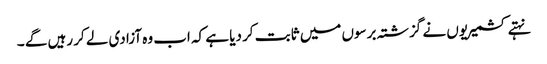
نہتے کشمیریوں نے گزشتہ برسوں میں ثابت کر دیا ہے کہ اب وہ آزادی لے کر رہیں گے ۔